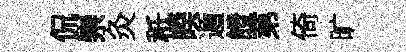
侃崇灸秪暌遁證苐倚旷